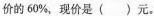
价的60\%，现价是()元。